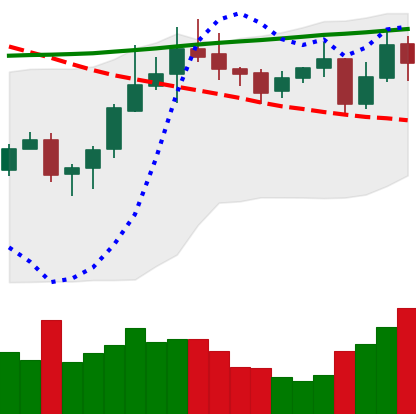
Ticker: ADA-USD
Chart end date: 2020-10-23
Forward return: -8.425%
Label: down_7plus